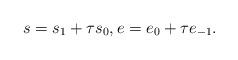
LaTeX: \begin{align*}s = s_1 + \tau s_0, e = e_0 + \tau e_{-1}.\end{align*}